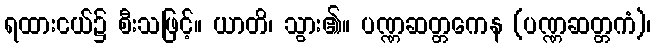
ရထားငယ်၌ စီးသဖြင့်။ ယာတိ၊ သွား၏။ ပဏ္ဏဆတ္တကေန (ပဏ္ဏဆတ္တကံ)၊